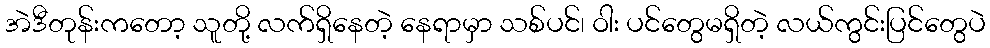
အဲဒီတုန်းကတော့ သူတို့ လက်ရှိနေတဲ့ နေရာမှာ သစ်ပင်၊ ဝါး ပင်တွေမရှိတဲ့ လယ်ကွင်းပြင်တွေပဲ